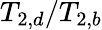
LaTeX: {T_{2,d}}/{T_{2,b}}